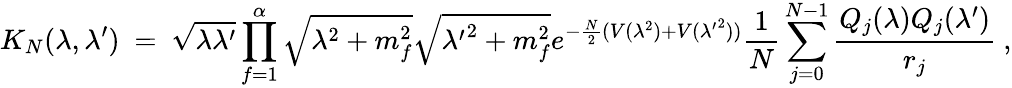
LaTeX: K_{N}(\lambda,\lambda^{\prime})~=~\sqrt{\lambda\lambda^{\prime}}\prod_{f=1}^{\alpha}\sqrt{\lambda^{2}+m_{f}^{2}}\sqrt{{\lambda^{\prime}}^{2}+m_{f}^{2}}e^{-\frac{N}{2}(V(\lambda^{2})+V({\lambda^{\prime}}^{2}))}\frac{1}{N}\sum_{j=0}^{N-1}\frac{Q_{j}(\lambda)Q_{j}(\lambda^{\prime})}{r_{j}}~,